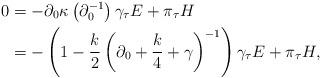
LaTeX: \begin{align*}0 & =-\partial_{0}\kappa\left(\partial_{0}^{-1}\right)\gamma_{\tau}E+\pi_{\tau}H\\ & =-\left(1-\frac{k}{2}\left(\partial_{0}+\frac{k}{4}+\gamma\right)^{-1}\right)\gamma_{\tau}E+\pi_{\tau}H,\end{align*}